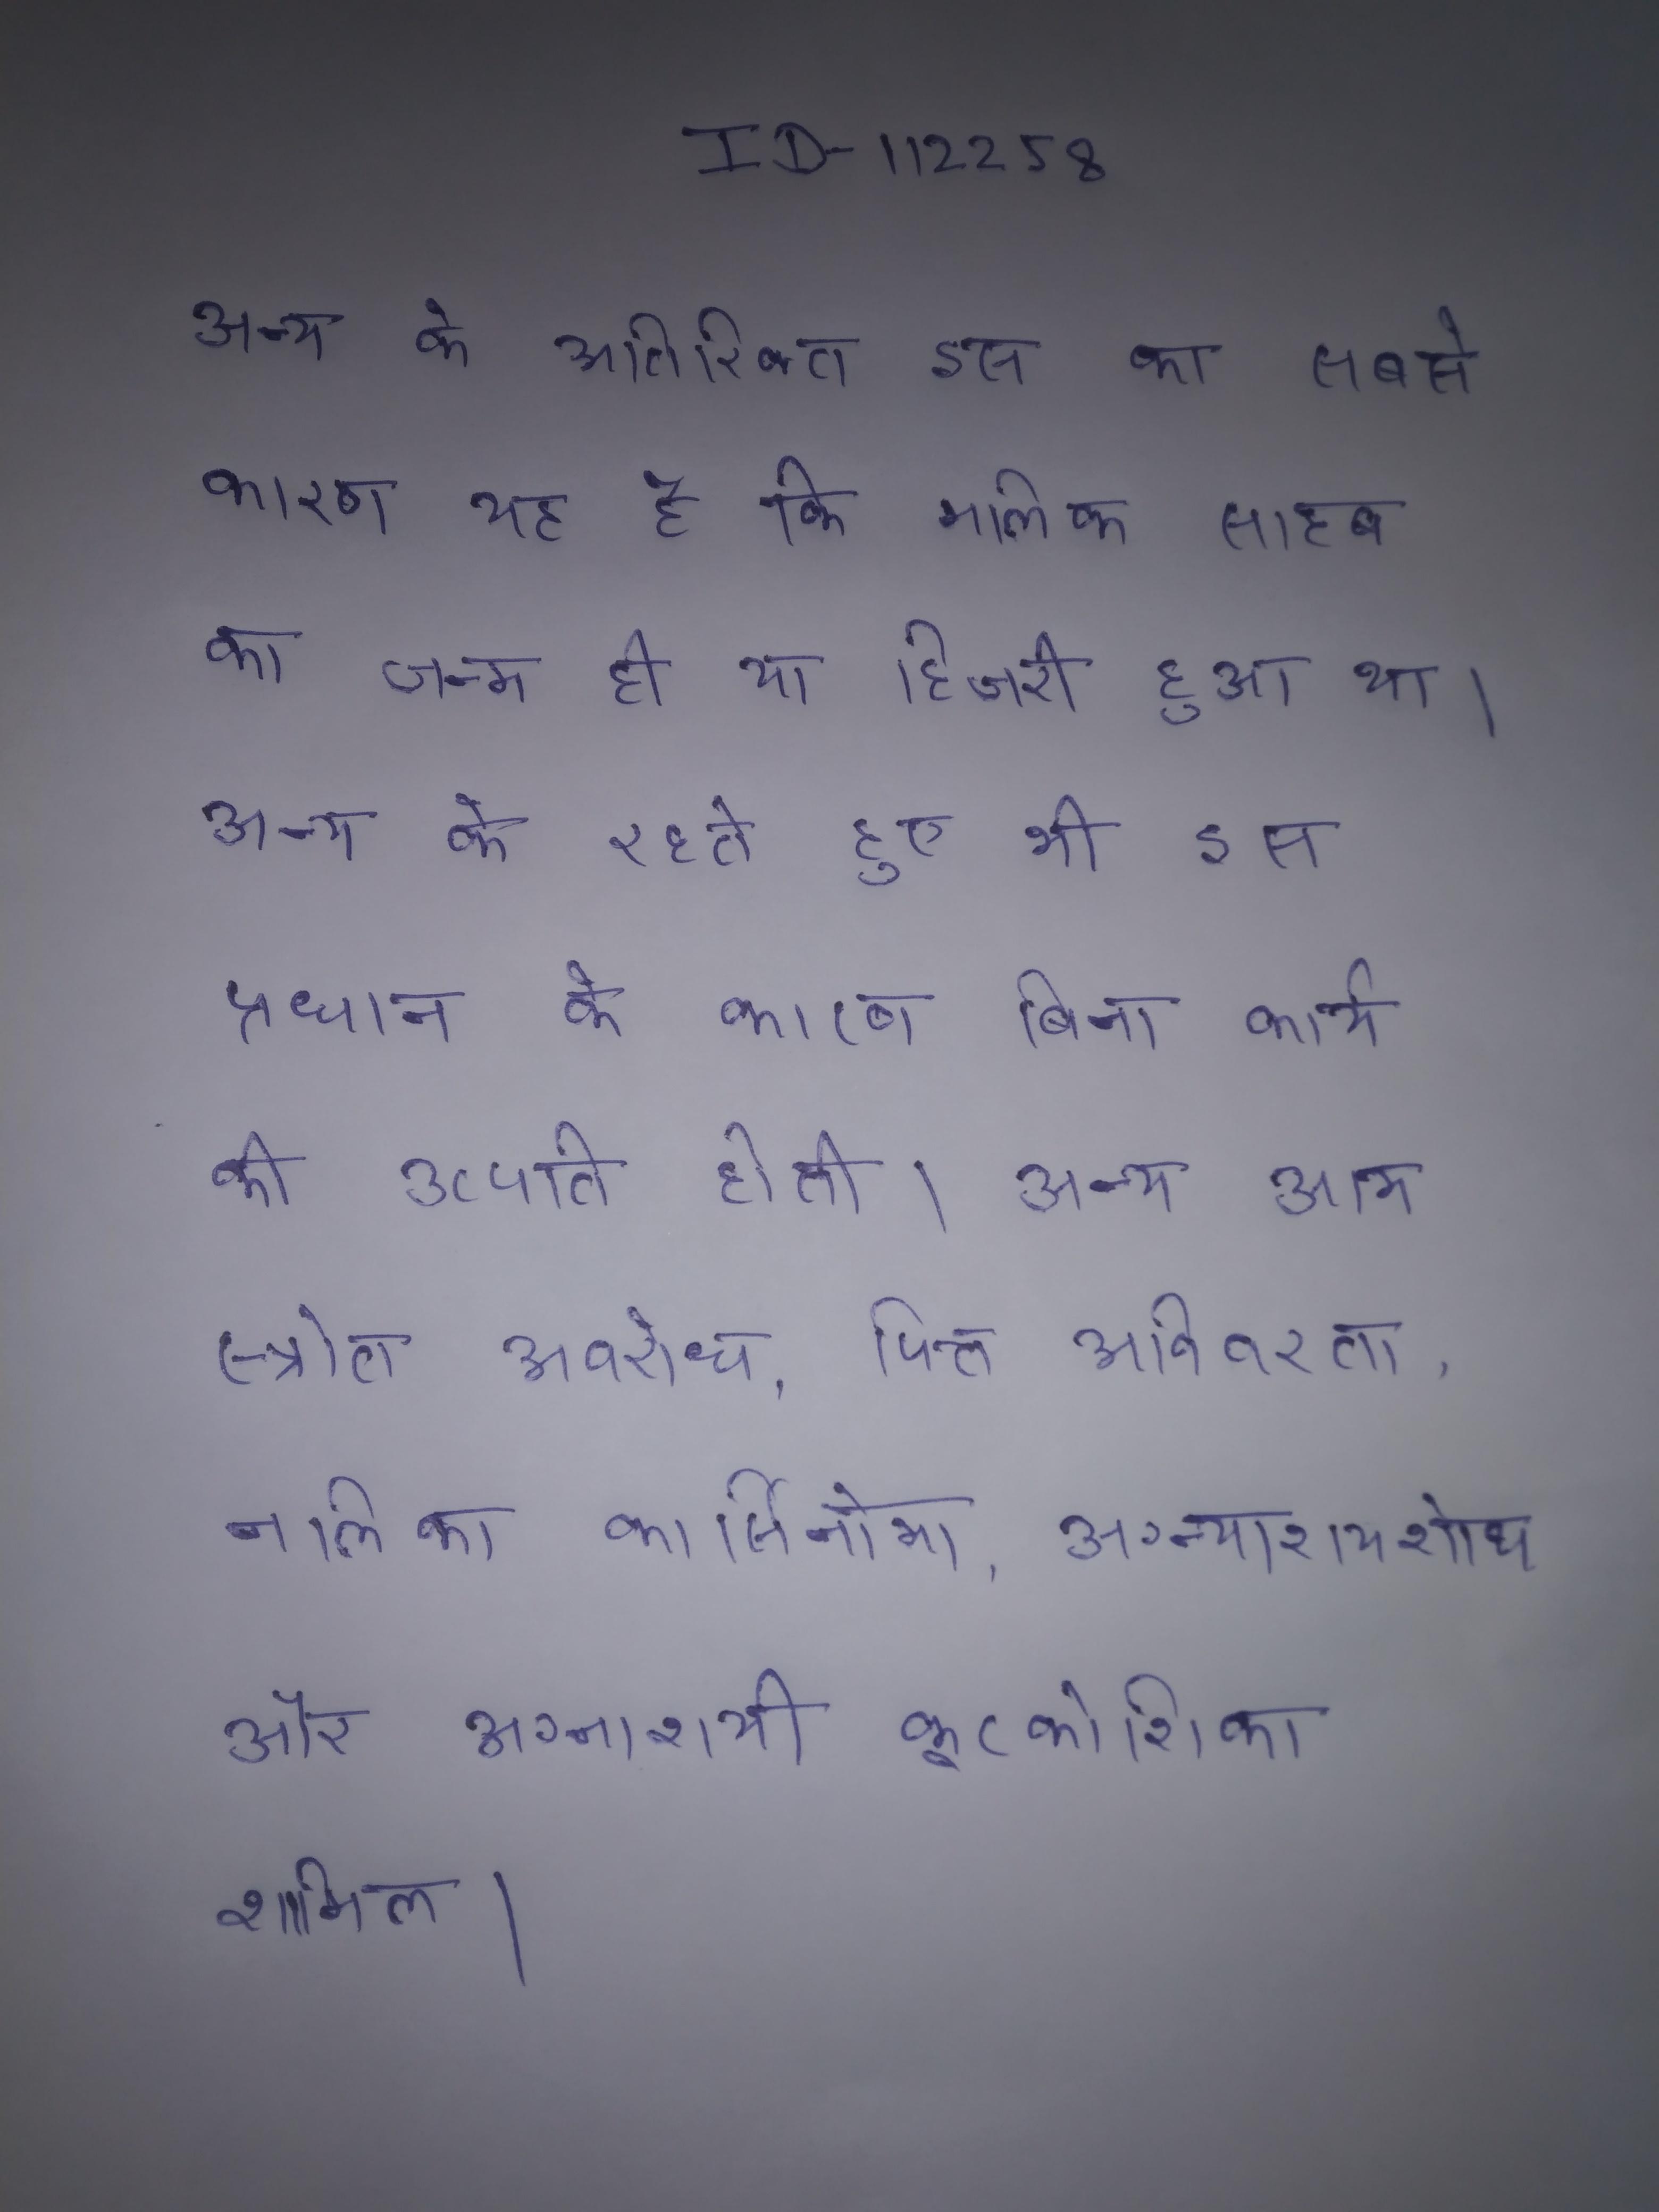
अन्य के अतिरिक्त इस का सबसे कारण यह है कि मलिक साहब का जन्म ही या हिजरी हुआ था । अन्य के रहते हुए भी इस प्रधान कारण के बिना कार्य की उत्पति होती । अन्य आम पित्त नली के स्रोत अवरोध, पित्त अविवरता, नलिका कार्सिनोमा, अग्न्याशयशोथ और अग्नाशयी कूटकोशिका शामिल ।